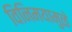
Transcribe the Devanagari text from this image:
विनिमयामुळे